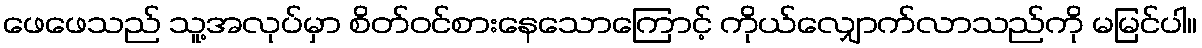
ဖေဖေသည် သူ့အလုပ်မှာ စိတ်ဝင်စားနေသောကြောင့် ကိုယ်လျှောက်လာသည်ကို မမြင်ပါ။